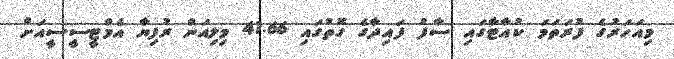
މިއަހަރުގެ ފުރަތަމަ ކުއާޓާގައި ސާފު ފައިދާގެ ގޮތުގައި 41.66 މިލިއަން ރުފިޔާ އެމްޓީސީސީއަށް